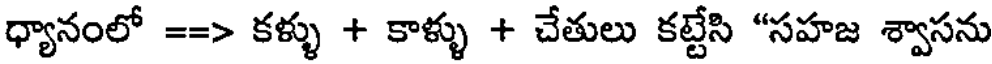
ధ్యానంలో ==> కళ్ళు + కాళ్ళు + చేతులు కట్టేసి "సహజ శ్వాసను